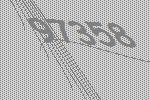
97358